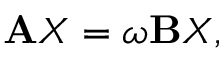
\begin{array} { r } { \mathbf { A } { X } = \omega \mathbf { B } { X } , } \end{array}